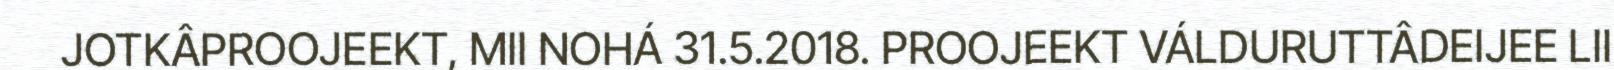
JOTKÂPROOJEEKT, MII NOHÁ 31.5.2018. PROOJEEKT VÁLDURUTTÂDEIJEE LII